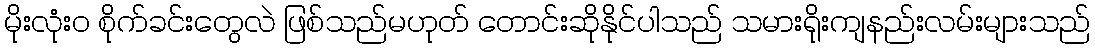
မိုးလုံး၀ စိုက်ခင်းတွေလဲ ဖြစ်သည်မဟုတ် တောင်းဆိုနိုင်ပါသည် သမားရိုးကျနည်းလမ်းများသည်